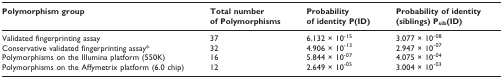
<table><thead><tr><td><b>Polymorphism group</b></td><td><b>Total number of Polymorphisms</b></td><td><b>Probability of identity P(ID)</b></td><td><b>Probability of identity (siblings) P<sub>sib</sub>(ID)</b></td></tr></thead><tbody><tr><td>Validated fingerprinting assay</td><td>37</td><td>6.132 × 10<sup>-15</sup></td><td>3.077 × 10<sup>-08</sup></td></tr><tr><td>Conservative validated fingerprinting assay*</td><td>32</td><td>4.906 × 10<sup>-13</sup></td><td>2.947 × 10<sup>-07</sup></td></tr><tr><td>Polymorphisms on the Illumina platform (550K)</td><td>16</td><td>5.844 × 10<sup>-07</sup></td><td>4.075 × 10<sup>-04</sup></td></tr><tr><td>Polymorphisms on the Affymetrix platform (6.0 chip)</td><td>12</td><td>2.649 × 10<sup>-05</sup></td><td>3.004 × 10<sup>-03</sup></td></tr></tbody></table>